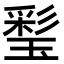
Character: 𤨽